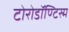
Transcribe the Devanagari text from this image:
टोरोडॉण्टिस्म